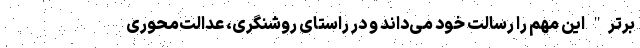
برتر" این مهم را رسالت خود می‌داند و در راستای روشنگری، عدالت‌محوری